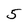
Character: 5